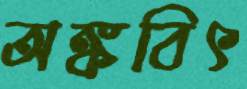
অঙ্কবিৎ